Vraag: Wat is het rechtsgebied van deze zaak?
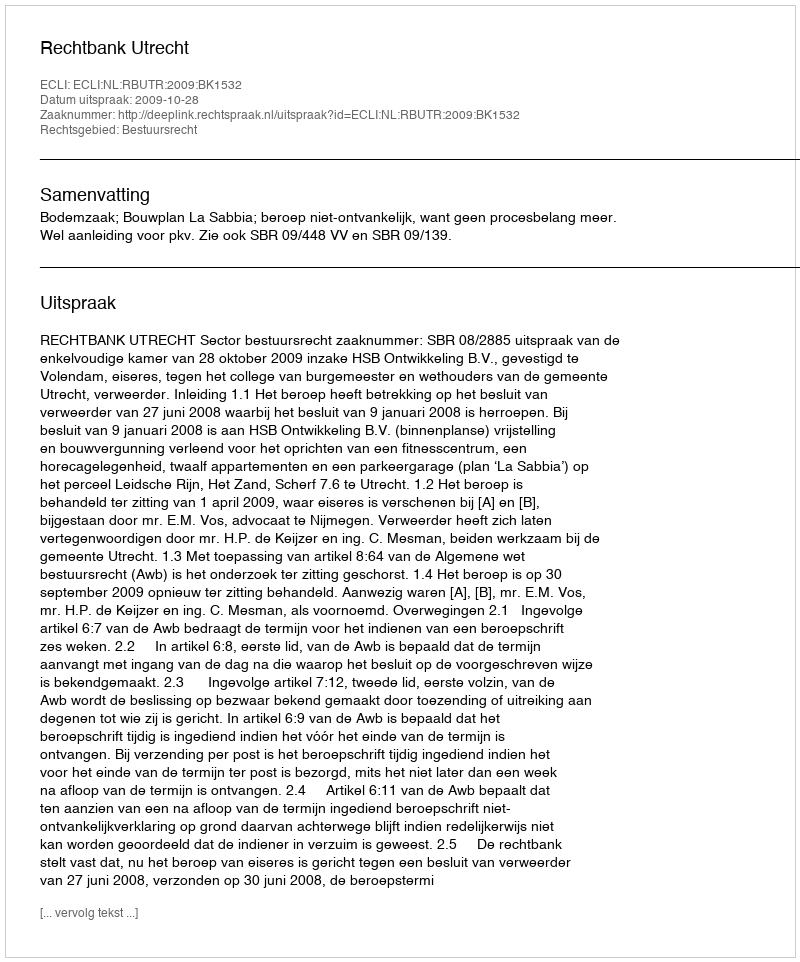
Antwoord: Bestuursrecht